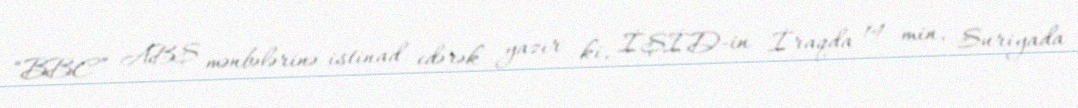
“BBC” ABŞ mənbələrinə istinad edərək yazır ki, İŞİD-in İraqda 14 min, Suriyada